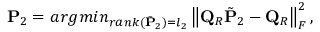
\mathbf { P } _ { 2 } = a r g m i n _ { r a n k ( \tilde { \mathbf { P } } _ { 2 } ) = l _ { 2 } } \left\lVert \mathbf { Q } _ { R } \tilde { \mathbf { P } } _ { 2 } - \mathbf { Q } _ { R } \right\rVert _ { F } ^ { 2 } ,